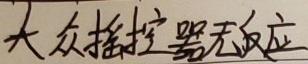
大众摇控器无反应